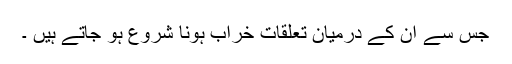
جس سے ان کے درمیان تعلقات خراب ہونا شروع ہو جاتے ہیں ۔